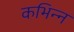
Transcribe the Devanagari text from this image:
कभिन्न